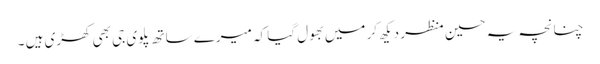
چنانچہ یہ حسین منظر دیکھ کر میں بھول گیا کہ میرے ساتھ پلوی جی بھی کھڑی ہیں ۔